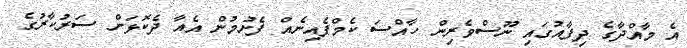
އެ މާއްދާގެ ދިފާއުގައި ނޫސްވެރިން ހާއްސަ ކެމްޕެއިނެއް ފެށުމުން އެއާ ދެކޮޅަށް ސަރުކާރުގެ